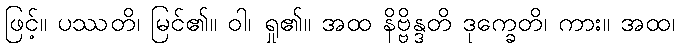
ဖြင့်။ ပဿတိ၊ မြင်၏။ ဝါ၊ ရှု၏။ အထ နိဗ္ဗိန္ဒတိ ဒုက္ခေတိ၊ ကား။ အထ၊